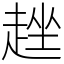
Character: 趖